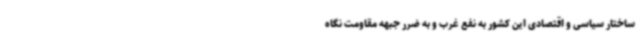
ساختار سیاسی و اقتصادی این کشور به نفع غرب و به ضرر جبهه مقاومت نگاه